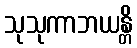
သုသုကာဘယန္တိ